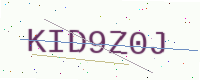
Text: KID9Z0J